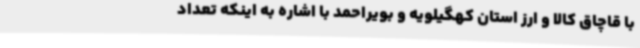
با قاچاق کالا و ارز استان کهگیلویه و بویراحمد با اشاره به اینکه تعداد